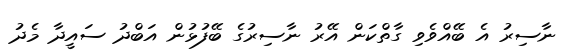
ނާސިރު އެ ބޭއްވެވި ގާތްކަން އޭރު ނާސިރުގެ ބޭފުޅުން އަބްދު ސައީދާ މެދު